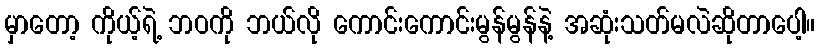
မှာတော့ ကိုယ့်ရဲ့ ဘဝကို ဘယ်လို ကောင်းကောင်းမွန်မွန်နဲ့ အဆုံးသတ်မလဲဆိုတာပေါ့။